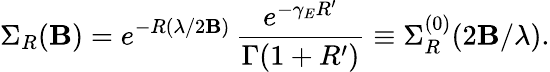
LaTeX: \Sigma_{R}(\mathbf{B})=e^{-R(\lambda/2\mathbf{B})}\, \frac{{e^{-\gamma_{E}R^{\prime}}}}{{\Gamma(1+R^{\prime})}}\equiv\Sigma_{R}^{(0)}(2\mathbf{B}/\lambda).